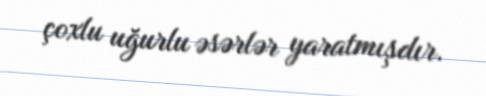
çoxlu uğurlu əsərlər yaratmışdır.